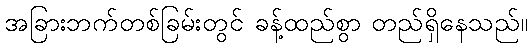
အခြားဘက်တစ်ခြမ်းတွင် ခန့်ထည်စွာ တည်ရှိနေသည်။